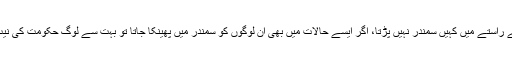
انڈیا سے برما کے راستے میں کہیں سمندر نہیں پڑتا، اگر ایسے حالات میں بھی ان لوگوں کو سمندر میں پھینکا جاتا تو بہت سے لوگ حکومت کی نیت پر شک کرتے۔